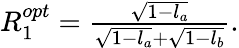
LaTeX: \begin{array}{r}{R_{1}^{opt}=\frac{\sqrt{1-l_{a}}}{\sqrt{1-l_{a}}+\sqrt{1-l_{b}}}.}\end{array}